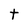
Character: t